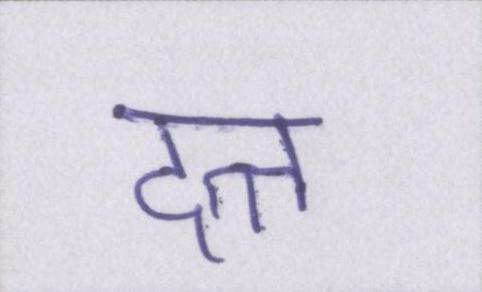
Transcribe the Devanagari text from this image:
दत्त